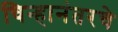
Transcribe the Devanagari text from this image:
चिन्हानंतरचे